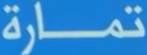
تمَارة